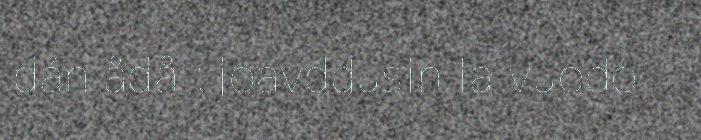
dán ådå tjoavddusin la vuodo